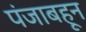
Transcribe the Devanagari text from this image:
पंजाबहून